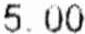
5